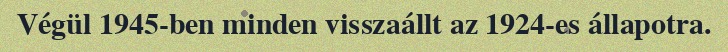
Végül 1945-ben minden visszaállt az 1924-es állapotra.